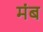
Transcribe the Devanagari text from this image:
मंब